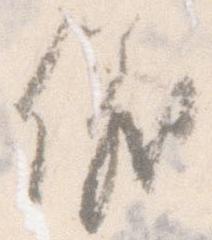
儀